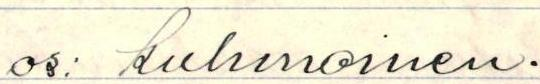
os. Kuhmoinen.